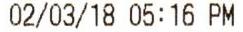
02/03/18 05:16 PM